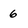
Character: 6